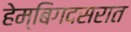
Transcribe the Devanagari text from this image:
हेम्बिगदसरात